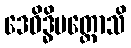
ဒေဝိဒ္ဓိပတ္တောသိ